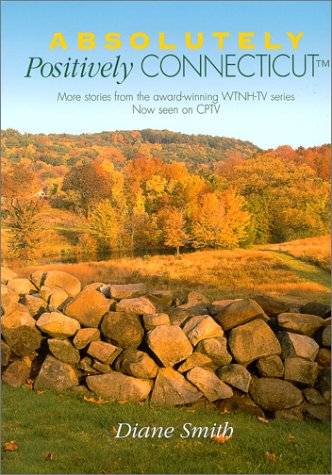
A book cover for Absolutely Positively Connecticut: More Stories from the Award-Winning WTNH-TV Series Now Seen on CPTV (Broadcast Tie-Ins); Diane Smith; Travel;